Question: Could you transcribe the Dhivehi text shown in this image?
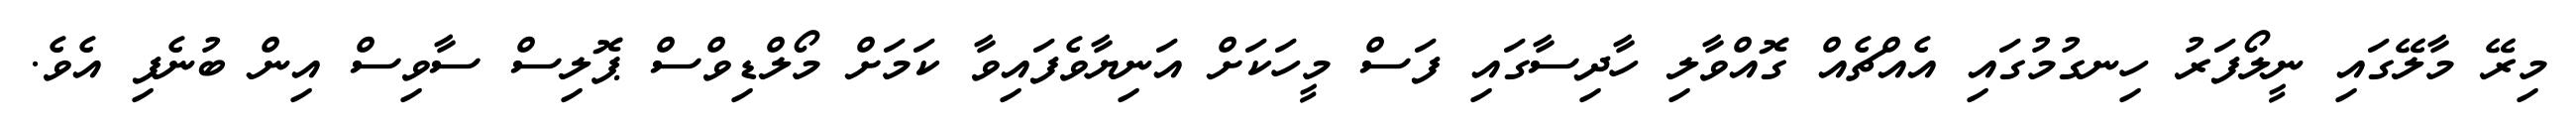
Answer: މިރޭ މާލޭގައި ނީލޯފަރު ހިނގުމުގައި އެއްޗެއް ގޮއްވާލި ހާދިސާގައި ފަސް މީހަކަށް އަނިޔާވެފައިވާ ކަމަށް މޯލްޑިވްސް ޕޮލިސް ސާވިސް އިން ބުނެފި އެވެ.